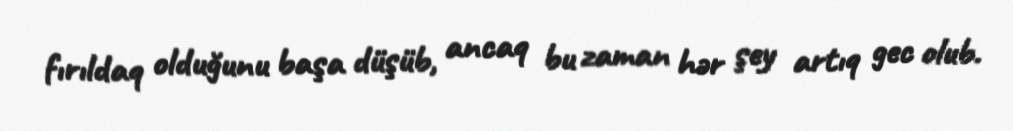
fırıldaq olduğunu başa düşüb, ancaq bu zaman hər şey artıq gec olub.